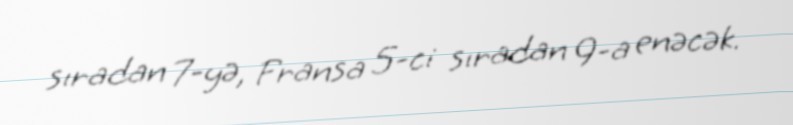
sıradan 7-yə, Fransa 5-ci sıradan 9-a enəcək.